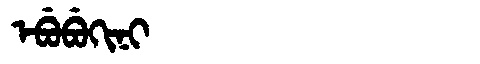
Manchu: ᡝᠪᡠᠪᡠᡴᡳᠨᡳ
Romanization: EBUBUKINI